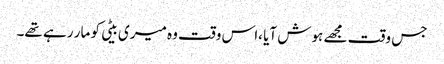
جس وقت مجھے ہوش آیا ،اس وقت وہ میری بیٹی کو مار رہے تھے۔